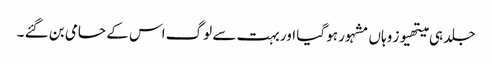
جلد ہی میتھیوز وہاں مشہور ہو گیا اور بہت سے لوگ اس کے حامی بن گئے ۔